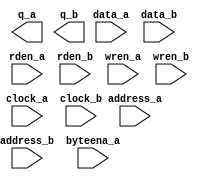
// megafunction wizard: %RAM: 2-PORT%VBB%
// GENERATION: STANDARD
// VERSION: WM1.0
// MODULE: altsyncram 

// ============================================================
// Megafunction Name(s):
// 			altsyncram
//
// Simulation Library Files(s):
// 			altera_mf
// ============================================================
// ************************************************************
// THIS IS A WIZARD-GENERATED FILE. DO NOT EDIT THIS FILE!
//
// 20.1.1 Build 720 11/11/2020 SJ Standard Edition
// ************************************************************

//Copyright (C) 2020  Intel Corporation. All rights reserved.
//Your use of Intel Corporation's design tools, logic functions 
//and other software and tools, and any partner logic 
//functions, and any output files from any of the foregoing 
//(including device programming or simulation files), and any 
//associated documentation or information are expressly subject 
//to the terms and conditions of the Intel Program License 
//Subscription Agreement, the Intel Quartus Prime License Agreement,
//the Intel FPGA IP License Agreement, or other applicable license
//agreement, including, without limitation, that your use is for
//the sole purpose of programming logic devices manufactured by
//Intel and sold by Intel or its authorized distributors.  Please
//refer to the applicable agreement for further details, at
//https://fpgasoftware.intel.com/eula.

module dmem_bram (
	address_a,
	address_b,
	byteena_a,
	clock_a,
	clock_b,
	data_a,
	data_b,
	rden_a,
	rden_b,
	wren_a,
	wren_b,
	q_a,
	q_b);

	input	[12:0]  address_a;
	input	[12:0]  address_b;
	input	[3:0]  byteena_a;
	input	  clock_a;
	input	  clock_b;
	input	[31:0]  data_a;
	input	[31:0]  data_b;
	input	  rden_a;
	input	  rden_b;
	input	  wren_a;
	input	  wren_b;
	output	[31:0]  q_a;
	output	[31:0]  q_b;
`ifndef ALTERA_RESERVED_QIS
// synopsys translate_off
`endif
	tri1	[3:0]  byteena_a;
	tri1	  clock_a;
	tri1	  rden_a;
	tri1	  rden_b;
	tri0	  wren_a;
	tri0	  wren_b;
`ifndef ALTERA_RESERVED_QIS
// synopsys translate_on
`endif

endmodule

// ============================================================
// CNX file retrieval info
// ============================================================
// Retrieval info: PRIVATE: ADDRESSSTALL_A NUMERIC "0"
// Retrieval info: PRIVATE: ADDRESSSTALL_B NUMERIC "0"
// Retrieval info: PRIVATE: BYTEENA_ACLR_A NUMERIC "0"
// Retrieval info: PRIVATE: BYTEENA_ACLR_B NUMERIC "0"
// Retrieval info: PRIVATE: BYTE_ENABLE_A NUMERIC "1"
// Retrieval info: PRIVATE: BYTE_ENABLE_B NUMERIC "0"
// Retrieval info: PRIVATE: BYTE_SIZE NUMERIC "8"
// Retrieval info: PRIVATE: BlankMemory NUMERIC "1"
// Retrieval info: PRIVATE: CLOCK_ENABLE_INPUT_A NUMERIC "0"
// Retrieval info: PRIVATE: CLOCK_ENABLE_INPUT_B NUMERIC "0"
// Retrieval info: PRIVATE: CLOCK_ENABLE_OUTPUT_A NUMERIC "0"
// Retrieval info: PRIVATE: CLOCK_ENABLE_OUTPUT_B NUMERIC "0"
// Retrieval info: PRIVATE: CLRdata NUMERIC "0"
// Retrieval info: PRIVATE: CLRq NUMERIC "0"
// Retrieval info: PRIVATE: CLRrdaddress NUMERIC "0"
// Retrieval info: PRIVATE: CLRrren NUMERIC "0"
// Retrieval info: PRIVATE: CLRwraddress NUMERIC "0"
// Retrieval info: PRIVATE: CLRwren NUMERIC "0"
// Retrieval info: PRIVATE: Clock NUMERIC "5"
// Retrieval info: PRIVATE: Clock_A NUMERIC "0"
// Retrieval info: PRIVATE: Clock_B NUMERIC "0"
// Retrieval info: PRIVATE: IMPLEMENT_IN_LES NUMERIC "0"
// Retrieval info: PRIVATE: INDATA_ACLR_B NUMERIC "0"
// Retrieval info: PRIVATE: INDATA_REG_B NUMERIC "1"
// Retrieval info: PRIVATE: INIT_FILE_LAYOUT STRING "PORT_A"
// Retrieval info: PRIVATE: INIT_TO_SIM_X NUMERIC "0"
// Retrieval info: PRIVATE: INTENDED_DEVICE_FAMILY STRING "Cyclone V"
// Retrieval info: PRIVATE: JTAG_ENABLED NUMERIC "0"
// Retrieval info: PRIVATE: JTAG_ID STRING "NONE"
// Retrieval info: PRIVATE: MAXIMUM_DEPTH NUMERIC "0"
// Retrieval info: PRIVATE: MEMSIZE NUMERIC "16384"
// Retrieval info: PRIVATE: MEM_IN_BITS NUMERIC "0"
// Retrieval info: PRIVATE: MIFfilename STRING ""
// Retrieval info: PRIVATE: OPERATION_MODE NUMERIC "3"
// Retrieval info: PRIVATE: OUTDATA_ACLR_B NUMERIC "0"
// Retrieval info: PRIVATE: OUTDATA_REG_B NUMERIC "0"
// Retrieval info: PRIVATE: RAM_BLOCK_TYPE NUMERIC "0"
// Retrieval info: PRIVATE: READ_DURING_WRITE_MODE_MIXED_PORTS NUMERIC "2"
// Retrieval info: PRIVATE: READ_DURING_WRITE_MODE_PORT_A NUMERIC "3"
// Retrieval info: PRIVATE: READ_DURING_WRITE_MODE_PORT_B NUMERIC "3"
// Retrieval info: PRIVATE: REGdata NUMERIC "1"
// Retrieval info: PRIVATE: REGq NUMERIC "0"
// Retrieval info: PRIVATE: REGrdaddress NUMERIC "0"
// Retrieval info: PRIVATE: REGrren NUMERIC "1"
// Retrieval info: PRIVATE: REGwraddress NUMERIC "1"
// Retrieval info: PRIVATE: REGwren NUMERIC "1"
// Retrieval info: PRIVATE: SYNTH_WRAPPER_GEN_POSTFIX STRING "0"
// Retrieval info: PRIVATE: USE_DIFF_CLKEN NUMERIC "0"
// Retrieval info: PRIVATE: UseDPRAM NUMERIC "1"
// Retrieval info: PRIVATE: VarWidth NUMERIC "0"
// Retrieval info: PRIVATE: WIDTH_READ_A NUMERIC "32"
// Retrieval info: PRIVATE: WIDTH_READ_B NUMERIC "32"
// Retrieval info: PRIVATE: WIDTH_WRITE_A NUMERIC "32"
// Retrieval info: PRIVATE: WIDTH_WRITE_B NUMERIC "32"
// Retrieval info: PRIVATE: WRADDR_ACLR_B NUMERIC "0"
// Retrieval info: PRIVATE: WRADDR_REG_B NUMERIC "1"
// Retrieval info: PRIVATE: WRCTRL_ACLR_B NUMERIC "0"
// Retrieval info: PRIVATE: enable NUMERIC "0"
// Retrieval info: PRIVATE: rden NUMERIC "1"
// Retrieval info: LIBRARY: altera_mf altera_mf.altera_mf_components.all
// Retrieval info: CONSTANT: ADDRESS_REG_B STRING "CLOCK1"
// Retrieval info: CONSTANT: BYTE_SIZE NUMERIC "8"
// Retrieval info: CONSTANT: CLOCK_ENABLE_INPUT_A STRING "BYPASS"
// Retrieval info: CONSTANT: CLOCK_ENABLE_INPUT_B STRING "BYPASS"
// Retrieval info: CONSTANT: CLOCK_ENABLE_OUTPUT_A STRING "BYPASS"
// Retrieval info: CONSTANT: CLOCK_ENABLE_OUTPUT_B STRING "BYPASS"
// Retrieval info: CONSTANT: INDATA_REG_B STRING "CLOCK1"
// Retrieval info: CONSTANT: INTENDED_DEVICE_FAMILY STRING "Cyclone V"
// Retrieval info: CONSTANT: LPM_TYPE STRING "altsyncram"
// Retrieval info: CONSTANT: NUMWORDS_A NUMERIC "2048"
// Retrieval info: CONSTANT: NUMWORDS_B NUMERIC "2048"
// Retrieval info: CONSTANT: OPERATION_MODE STRING "BIDIR_DUAL_PORT"
// Retrieval info: CONSTANT: OUTDATA_ACLR_A STRING "NONE"
// Retrieval info: CONSTANT: OUTDATA_ACLR_B STRING "NONE"
// Retrieval info: CONSTANT: OUTDATA_REG_A STRING "UNREGISTERED"
// Retrieval info: CONSTANT: OUTDATA_REG_B STRING "UNREGISTERED"
// Retrieval info: CONSTANT: POWER_UP_UNINITIALIZED STRING "FALSE"
// Retrieval info: CONSTANT: READ_DURING_WRITE_MODE_PORT_A STRING "NEW_DATA_NO_NBE_READ"
// Retrieval info: CONSTANT: READ_DURING_WRITE_MODE_PORT_B STRING "NEW_DATA_NO_NBE_READ"
// Retrieval info: CONSTANT: WIDTHAD_A NUMERIC "13"
// Retrieval info: CONSTANT: WIDTHAD_B NUMERIC "13"
// Retrieval info: CONSTANT: WIDTH_A NUMERIC "32"
// Retrieval info: CONSTANT: WIDTH_B NUMERIC "32"
// Retrieval info: CONSTANT: WIDTH_BYTEENA_A NUMERIC "4"
// Retrieval info: CONSTANT: WIDTH_BYTEENA_B NUMERIC "1"
// Retrieval info: CONSTANT: WRCONTROL_WRADDRESS_REG_B STRING "CLOCK1"
// Retrieval info: USED_PORT: address_a 0 0 9 0 INPUT NODEFVAL "address_a[8..0]"
// Retrieval info: USED_PORT: address_b 0 0 9 0 INPUT NODEFVAL "address_b[8..0]"
// Retrieval info: USED_PORT: byteena_a 0 0 4 0 INPUT VCC "byteena_a[3..0]"
// Retrieval info: USED_PORT: clock_a 0 0 0 0 INPUT VCC "clock_a"
// Retrieval info: USED_PORT: clock_b 0 0 0 0 INPUT NODEFVAL "clock_b"
// Retrieval info: USED_PORT: data_a 0 0 32 0 INPUT NODEFVAL "data_a[31..0]"
// Retrieval info: USED_PORT: data_b 0 0 32 0 INPUT NODEFVAL "data_b[31..0]"
// Retrieval info: USED_PORT: q_a 0 0 32 0 OUTPUT NODEFVAL "q_a[31..0]"
// Retrieval info: USED_PORT: q_b 0 0 32 0 OUTPUT NODEFVAL "q_b[31..0]"
// Retrieval info: USED_PORT: rden_a 0 0 0 0 INPUT VCC "rden_a"
// Retrieval info: USED_PORT: rden_b 0 0 0 0 INPUT VCC "rden_b"
// Retrieval info: USED_PORT: wren_a 0 0 0 0 INPUT GND "wren_a"
// Retrieval info: USED_PORT: wren_b 0 0 0 0 INPUT GND "wren_b"
// Retrieval info: CONNECT: @address_a 0 0 9 0 address_a 0 0 9 0
// Retrieval info: CONNECT: @address_b 0 0 9 0 address_b 0 0 9 0
// Retrieval info: CONNECT: @byteena_a 0 0 4 0 byteena_a 0 0 4 0
// Retrieval info: CONNECT: @clock0 0 0 0 0 clock_a 0 0 0 0
// Retrieval info: CONNECT: @clock1 0 0 0 0 clock_b 0 0 0 0
// Retrieval info: CONNECT: @data_a 0 0 32 0 data_a 0 0 32 0
// Retrieval info: CONNECT: @data_b 0 0 32 0 data_b 0 0 32 0
// Retrieval info: CONNECT: @rden_a 0 0 0 0 rden_a 0 0 0 0
// Retrieval info: CONNECT: @rden_b 0 0 0 0 rden_b 0 0 0 0
// Retrieval info: CONNECT: @wren_a 0 0 0 0 wren_a 0 0 0 0
// Retrieval info: CONNECT: @wren_b 0 0 0 0 wren_b 0 0 0 0
// Retrieval info: CONNECT: q_a 0 0 32 0 @q_a 0 0 32 0
// Retrieval info: CONNECT: q_b 0 0 32 0 @q_b 0 0 32 0
// Retrieval info: GEN_FILE: TYPE_NORMAL dmem_bram.v TRUE
// Retrieval info: GEN_FILE: TYPE_NORMAL dmem_bram.inc FALSE
// Retrieval info: GEN_FILE: TYPE_NORMAL dmem_bram.cmp FALSE
// Retrieval info: GEN_FILE: TYPE_NORMAL dmem_bram.bsf FALSE
// Retrieval info: GEN_FILE: TYPE_NORMAL dmem_bram_inst.v FALSE
// Retrieval info: GEN_FILE: TYPE_NORMAL dmem_bram_bb.v TRUE
// Retrieval info: LIB_FILE: altera_mf